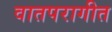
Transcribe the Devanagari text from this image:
वातपरागीत